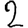
Digit: 2